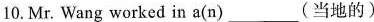
10.Mr. Wang worked in a(n) ___(当地的)